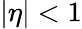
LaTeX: |\eta|<1